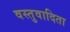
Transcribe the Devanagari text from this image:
वस्तुवादिता